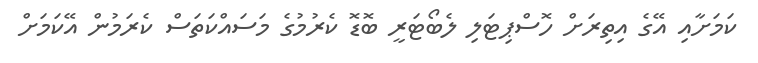
ކަމަށާއި އޭގެ އިތިރަށް ހޮސްޕިޓަލި ލެބޯޓަރީ ބޮޑޮ ކެރުމުގެ މަސައްކަތަސް ކެރަމުން އޭކަމަށް